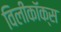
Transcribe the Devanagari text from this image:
विलीकॉक्स